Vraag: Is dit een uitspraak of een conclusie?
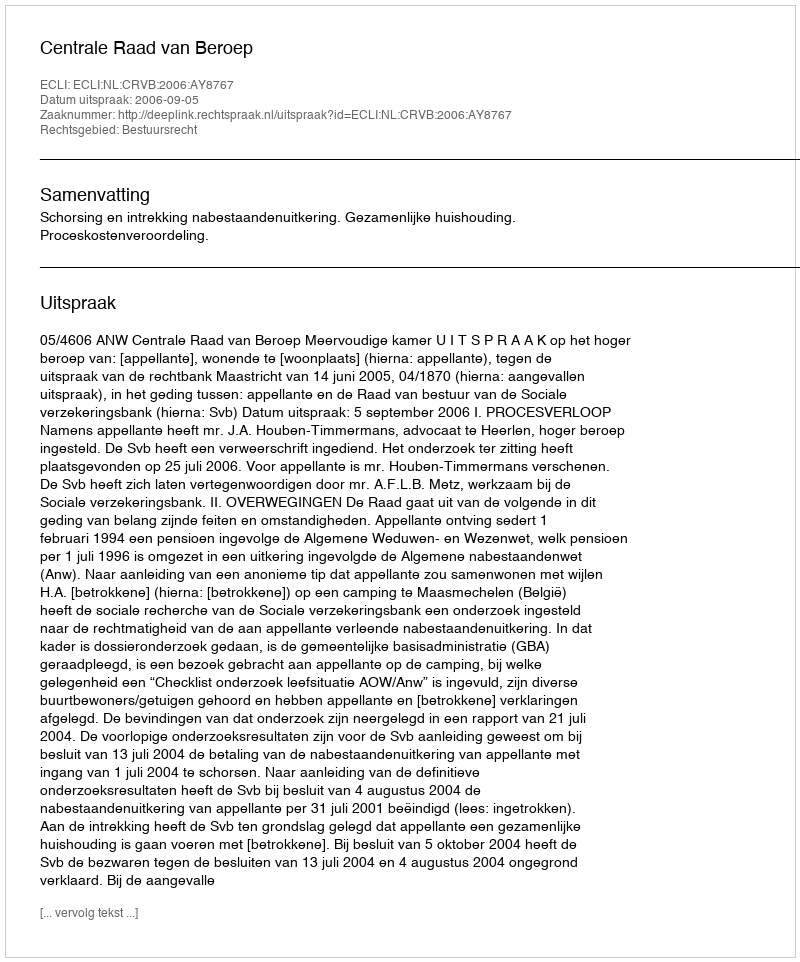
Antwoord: Uitspraak